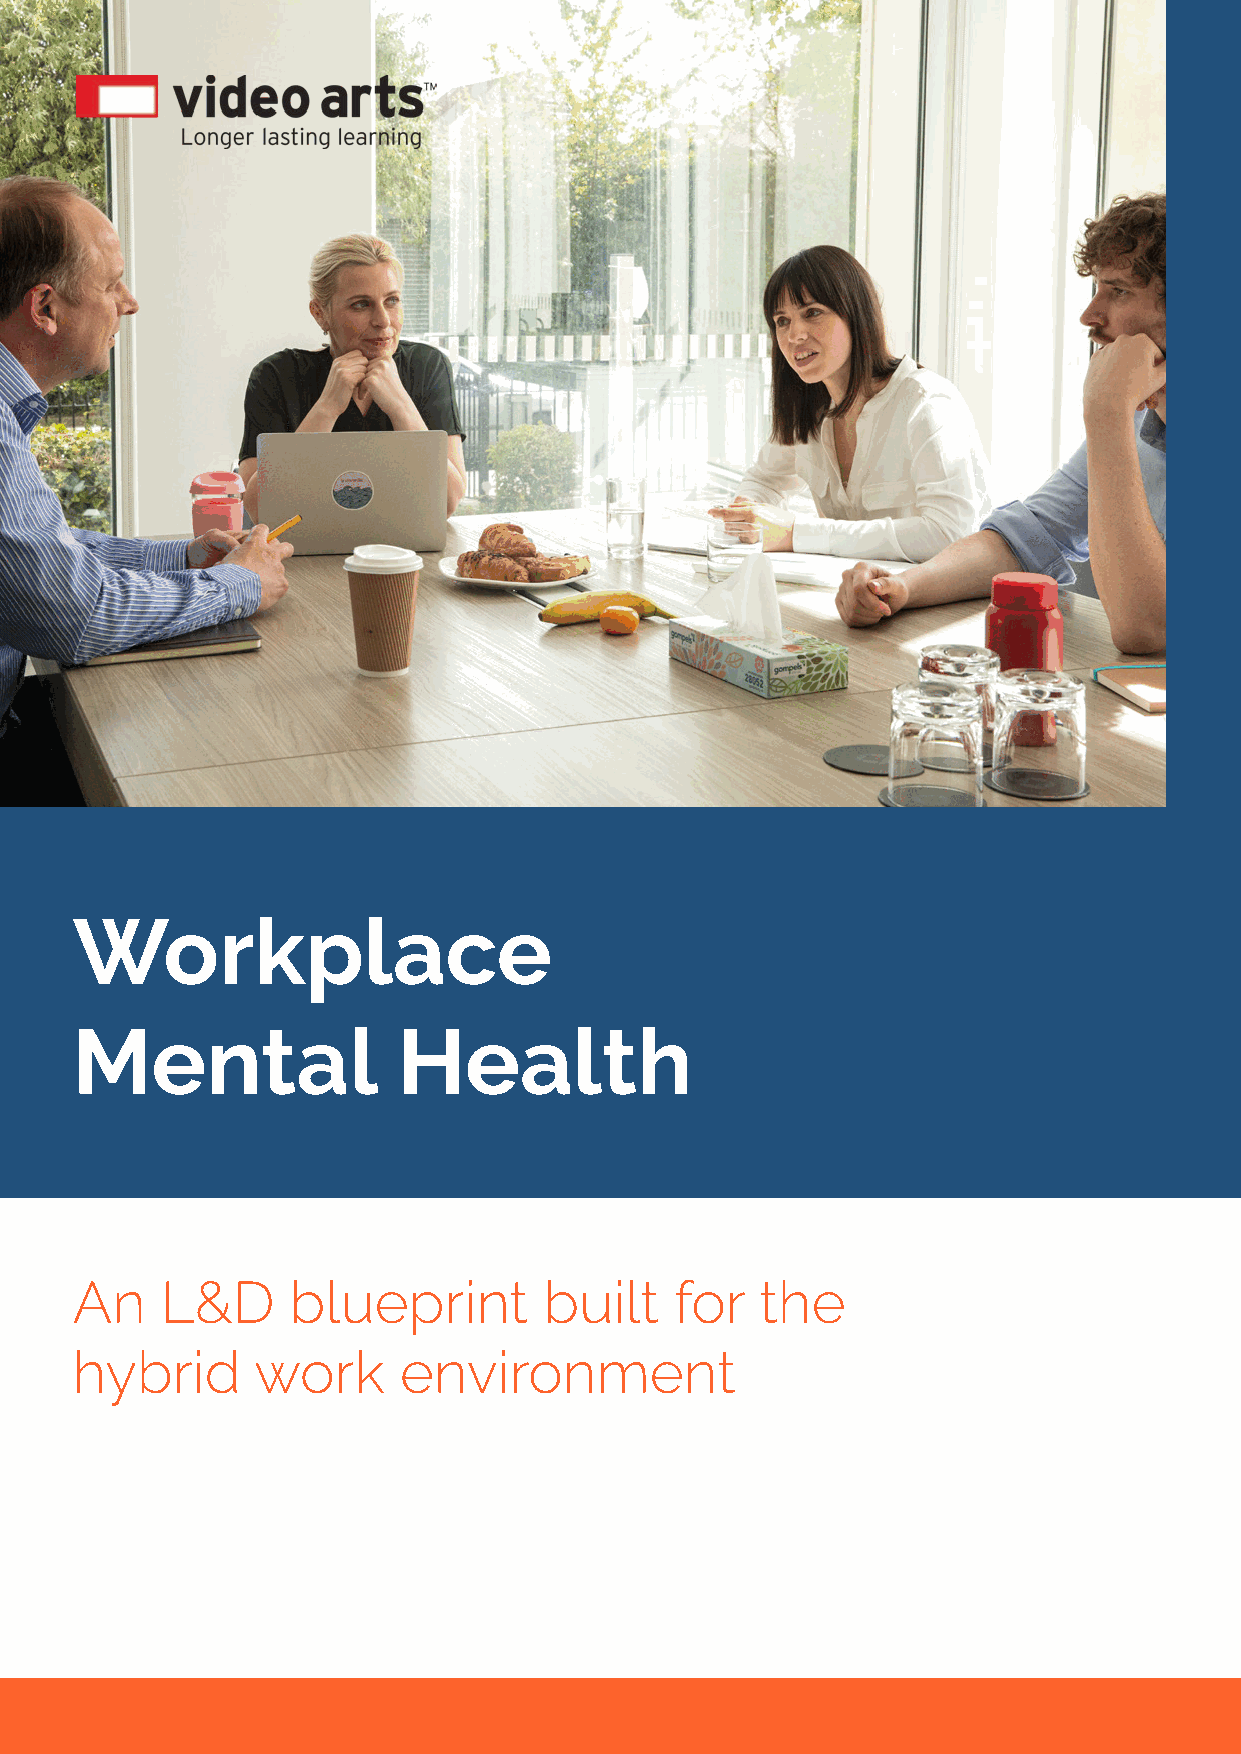
Workplace
 Mental               Health
 An    L&D     blueprint        built    for  the
 hybrid      work     environment